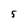
Character: 5